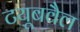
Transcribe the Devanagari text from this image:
टयूबवैल